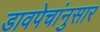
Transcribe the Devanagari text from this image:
डावपेचांनुसार